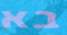
בא